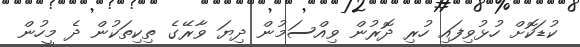
ކުޑަކޮށް ހުޅުވިފައި ހުރި ދޮރުން ވިއްސަމުން ދިޔަ ވާރޭގެ ތިކިތަކުން ދެ މީހުން